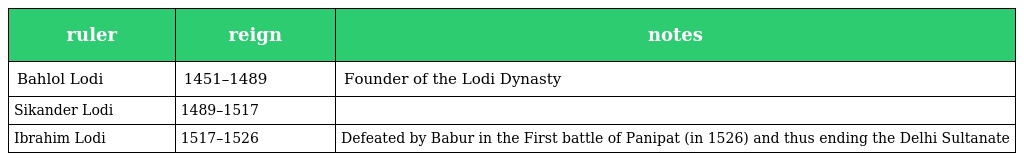
| ruler | reign | notes |
 | --- | --- | --- |
 | Bahlol Lodi | 1451–1489 | Founder of the Lodi Dynasty |
 | Sikander Lodi | 1489–1517 |  |
 | Ibrahim Lodi | 1517–1526 | Defeated by Babur in the First battle of Panipat (in 1526) and thus ending the Delhi Sultanate |